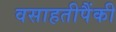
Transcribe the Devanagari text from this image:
वसाहतीपैंकी